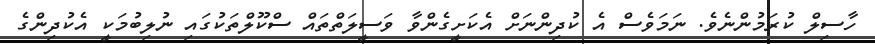
ހާސިލް ކުރަމުންނެވެ. ނަމަވެސް އެ ކުދިންނަށް އެކަށީގެންވާ ވަސީލަތްތައް ސްކޫލްތަކުގައި ނުލިބުމަކީ އެކުދިންގެ